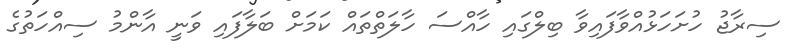
ސިރާޖު ހުށަހަޅުއްވާފައިވާ ބިލްގައި ހާއްސަ ހާލަތްތައް ކަމަށް ބަލާފައި ވަނީ އާންމު ސިއްހަތުގެ